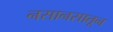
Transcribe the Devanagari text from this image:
नसानसातून